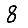
Digit: 8